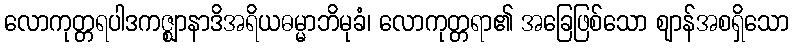
လောကုတ္တရပါဒကဇ္ဈာနာဒိအရိယဓမ္မာဘိမုခံ၊ လောကုတ္တရာ၏ အခြေဖြစ်သော ဈာန်အစရှိသော